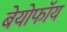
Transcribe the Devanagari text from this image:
बेयोफॉय